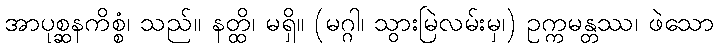
အာပုစ္ဆနကိစ္စံ၊ သည်။ နတ္ထိ၊ မရှိ။ (မဂ္ဂါ၊ သွားမြဲလမ်းမှ၊) ဥက္ကမန္တဿ၊ ဖဲသော